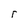
Character: r